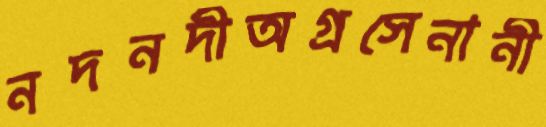
নদনদীঅগ্রসেনানী